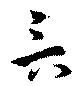
言